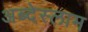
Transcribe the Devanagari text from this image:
अब्देस्लाम